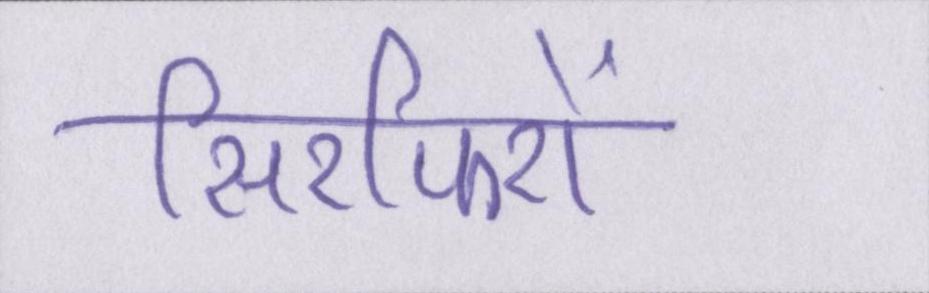
सिरफिरों